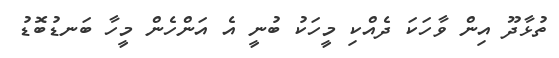
ތުޅާދޫ އިން ވާހަކަ ދެއްކި މީހަކު ބުނީ އެ އަންހެން މީހާ ބަނޑުބޮޑު